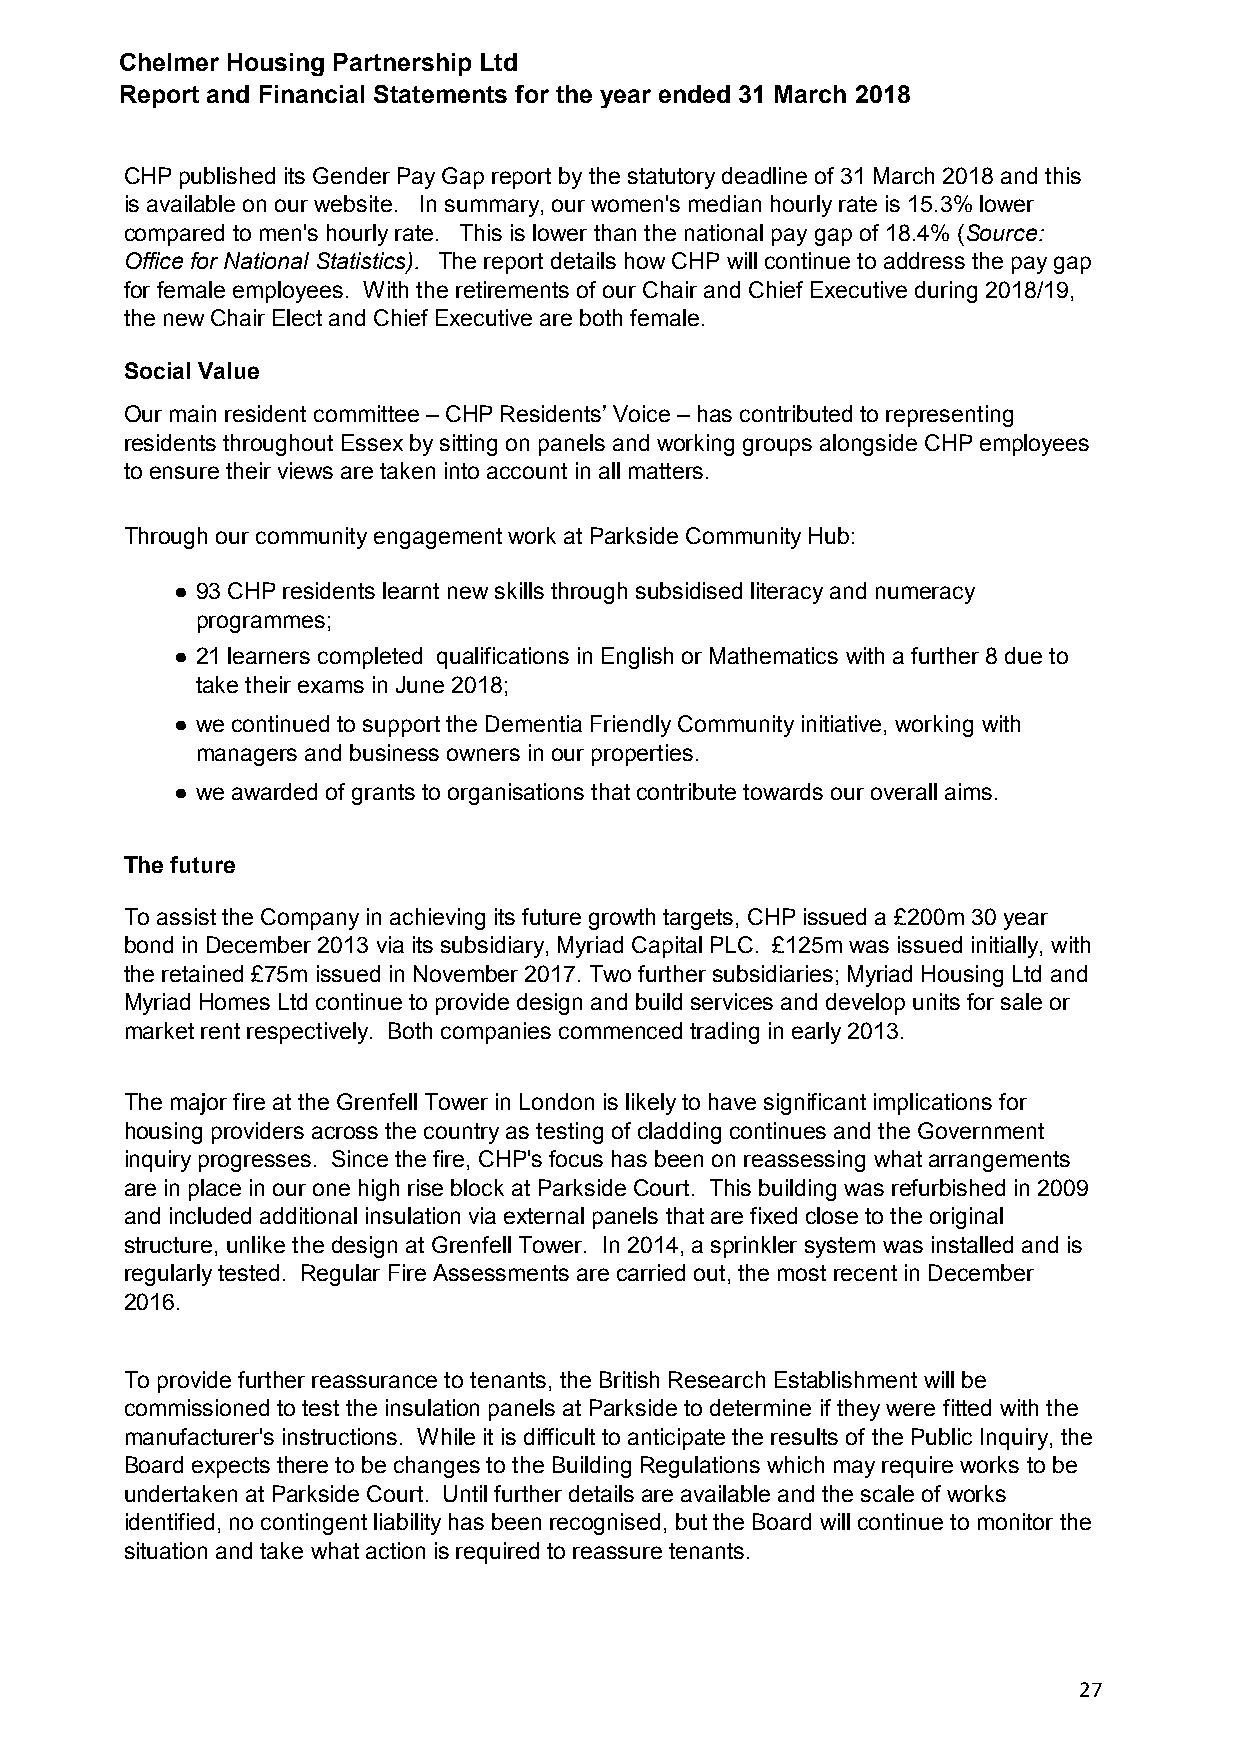
Chelmer Housing Partnership Ltd
 Report and Financial Statements for the year ended 31 March 2018
 CHP published its Gender Pay Gap report by the statutory deadline of 31 March 2018 and this
 is available on our website. In summary, our women's median hourly rate is 15.3% lower
 compared to men's hourly rate. This is lower than the national pay gap of 18.4% (Source:
 Office for National Statistics). The report details how CHP will continue to address the pay gap
 for female employees. With the retirements of our Chair and Chief Executive during 2018/19,
 the new Chair Elect and Chief Executive are both female.
 Social Value
 Our main resident committee – CHP Residents’ Voice – has contributed to representing
 residents throughout Essex by sitting on panels and working groups alongside CHP employees
 to ensure their views are taken into account in all matters.
 Through our community engagement work at Parkside Community Hub:
 ● 93 CHP residents learnt new skills through subsidised literacy and numeracy
 programmes;
 ● 21 learners completed qualifications in English or Mathematics with a further 8 due to
 take their exams in June 2018;
 ● we continued to support the Dementia Friendly Community initiative, working with
 managers and business owners in our properties.
 ● we awarded of grants to organisations that contribute towards our overall aims.
 The future
 To assist the Company in achieving its future growth targets, CHP issued a £200m 30 year
 bond in December 2013 via its subsidiary, Myriad Capital PLC. £125m was issued initially, with
 the retained £75m issued in November 2017. Two further subsidiaries; Myriad Housing Ltd and
 Myriad Homes Ltd continue to provide design and build services and develop units for sale or
 market rent respectively. Both companies commenced trading in early 2013.
 The major fire at the Grenfell Tower in London is likely to have significant implications for
 housing providers across the country as testing of cladding continues and the Government
 inquiry progresses. Since the fire, CHP's focus has been on reassessing what arrangements
 are in place in our one high rise block at Parkside Court. This building was refurbished in 2009
 and included additional insulation via external panels that are fixed close to the original
 structure, unlike the design at Grenfell Tower. In 2014, a sprinkler system was installed and is
 regularly tested. Regular Fire Assessments are carried out, the most recent in December
 2016.
 To provide further reassurance to tenants, the British Research Establishment will be
 commissioned to test the insulation panels at Parkside to determine if they were fitted with the
 manufacturer's instructions. While it is difficult to anticipate the results of the Public Inquiry, the
 Board expects there to be changes to the Building Regulations which may require works to be
 undertaken at Parkside Court. Until further details are available and the scale of works
 identified, no contingent liability has been recognised, but the Board will continue to monitor the
 situation and take what action is required to reassure tenants.
 27